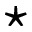
\star